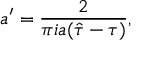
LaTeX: a ^ { \prime } = { \frac { 2 } { \pi i a ( \hat { \tau } - \tau ) } } ,